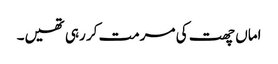
اماں چھت کی مرمت کر رہی تھیں۔